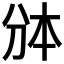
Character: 𰄱